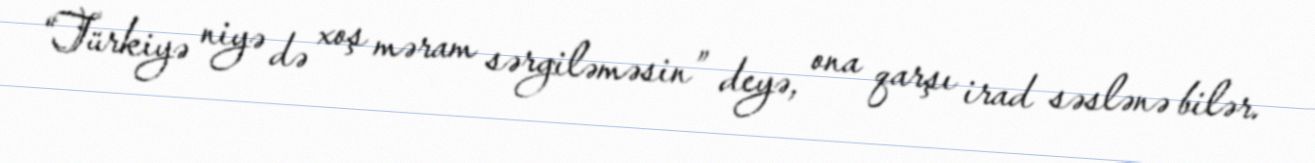
“Türkiyə niyə də xoş məram sərgiləməsin” deyə, ona qarşı irad səslənə bilər.